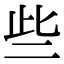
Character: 些